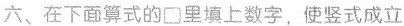
六、在下面算式的口里填上数字，使竖式成立